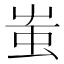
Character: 蚩